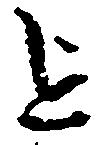
を